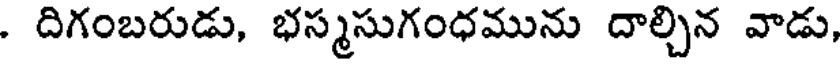
. దిగంబరుడు, భస్మసుగంధమును దాల్చిన వాడు,